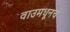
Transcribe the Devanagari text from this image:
वाउमधूनच